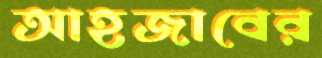
আহজাবের